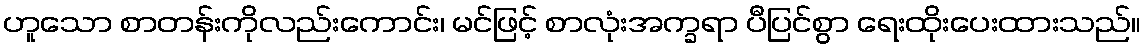
ဟူသော စာတန်းကိုလည်းကောင်း၊ မင်ဖြင့် စာလုံးအက္ခရာ ပီပြင်စွာ ရေးထိုးပေးထားသည်။